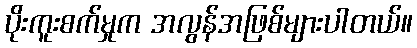
ပိုးကူးစက်မှုက အလွန်အဖြစ်များပါတယ်။